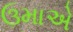
ઉમાએ